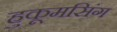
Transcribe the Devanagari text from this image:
हुकूमसिंग